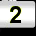
Digit: 2